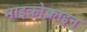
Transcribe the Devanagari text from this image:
माइक्रोक्लाइन